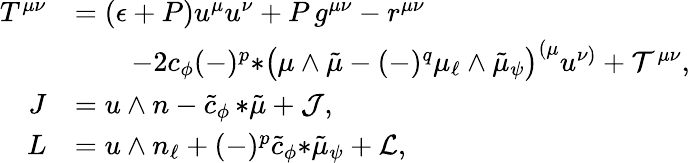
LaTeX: \begin{array}{rl}{T^{\mu\nu}}&{=(\epsilon+P)u^{\mu}u^{\nu}+P\, g^{\mu\nu}-r^{\mu\nu}}\\ &{\qquad-2c_{\phi}(-)^{p}{*\big(\mu\wedge\tilde{\mu}-(-)^{q}\mu_{\ell}\wedge\tilde{\mu}_{\psi}\big)}^{(\mu}u^{\nu)}+{\cal T}^{\mu\nu},}\\ {J}&{=u\wedge n-\tilde{c}_{\phi}\, {*\tilde{\mu}}+{\cal J},}\\ {L}&{=u\wedge n_{\ell}+(-)^{p}\tilde{c}_{\phi}{*\tilde{\mu}_{\psi}}+{\cal L},}\end{array}